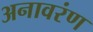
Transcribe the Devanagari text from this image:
अनावरंण